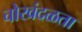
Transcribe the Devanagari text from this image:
चोखंदळता